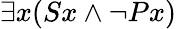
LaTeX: \exists x(Sx\land\neg Px)